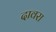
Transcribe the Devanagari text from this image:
दावरा